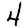
Digit: 4